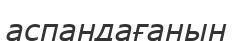
аспандағанын